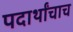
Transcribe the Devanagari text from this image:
पदार्थांचाच